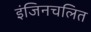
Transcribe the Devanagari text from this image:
इंजिनचलित